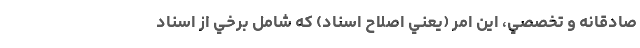
صادقانه و تخصصي، اين امر (يعني اصلاح اسناد) كه شامل برخي از اسناد